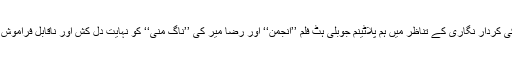
ان دونوں فن کاروں کی کردار نگاری کے تناظر میں ہم پلاٹینم جوبلی ہٹ فلم ’’انجمن‘‘ اور رضا میر کی ’’ناگ منی‘‘ کو نہایت دل کش اور ناقابل فراموش قرار دے سکتے ہیں۔